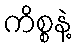
ကိစ္စနဲ့